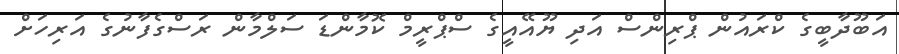
އަބޫދާބީގެ ކްރައުން ޕްރިންސް އަދި ޔޫއޭއީގެ ސްޕްރީމް ކޮމާންޑަ ސަލްމާން ރަސްގެފާނުގެ އަރިހަށް